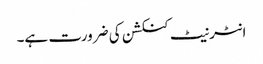
انٹرنیٹ کنکشن کی ضرورت ہے۔